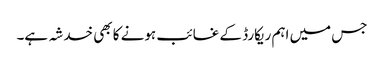
جس میں اہم ریکارڈ کے غائب ہونے کا بھی خدشہ ہے۔